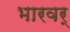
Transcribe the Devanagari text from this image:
भारवर्